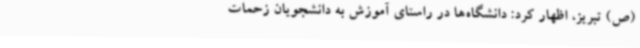
(ص) تبریز، اظهار کرد: دانشگاه‌ها در راستای آموزش به دانشجویان زحمات